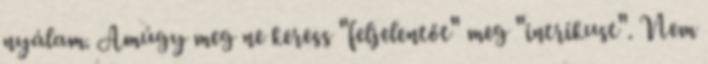
nyálam. Amúgy meg ne keress "feljelentőt" meg "intrikust". Nem